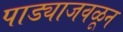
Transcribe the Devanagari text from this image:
पाड्याजवळून